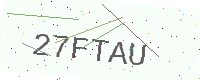
Text: 27FTAU